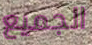
الجميع